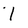
Character: I